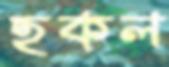
হকল